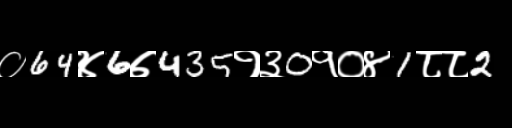
Text: ०64४6७435१३0१०४1८८2